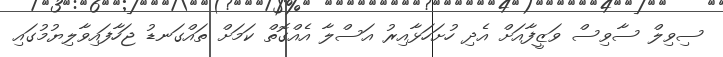
ސިވިލް ސާވިސް ވަޒީފާއަށް އެދި ހުށަހަޅާއިރު އަސްލާ އެއްގޮތް ކަމަށް ތައްގަނޑު ޖަހާފައިވާލިޔުމުގައި